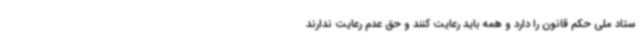
ستاد ملی حکم قانون را دارد و همه باید رعایت کنند و حق عدم رعایت ندارند